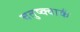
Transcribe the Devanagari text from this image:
चतुष्क्वार्क